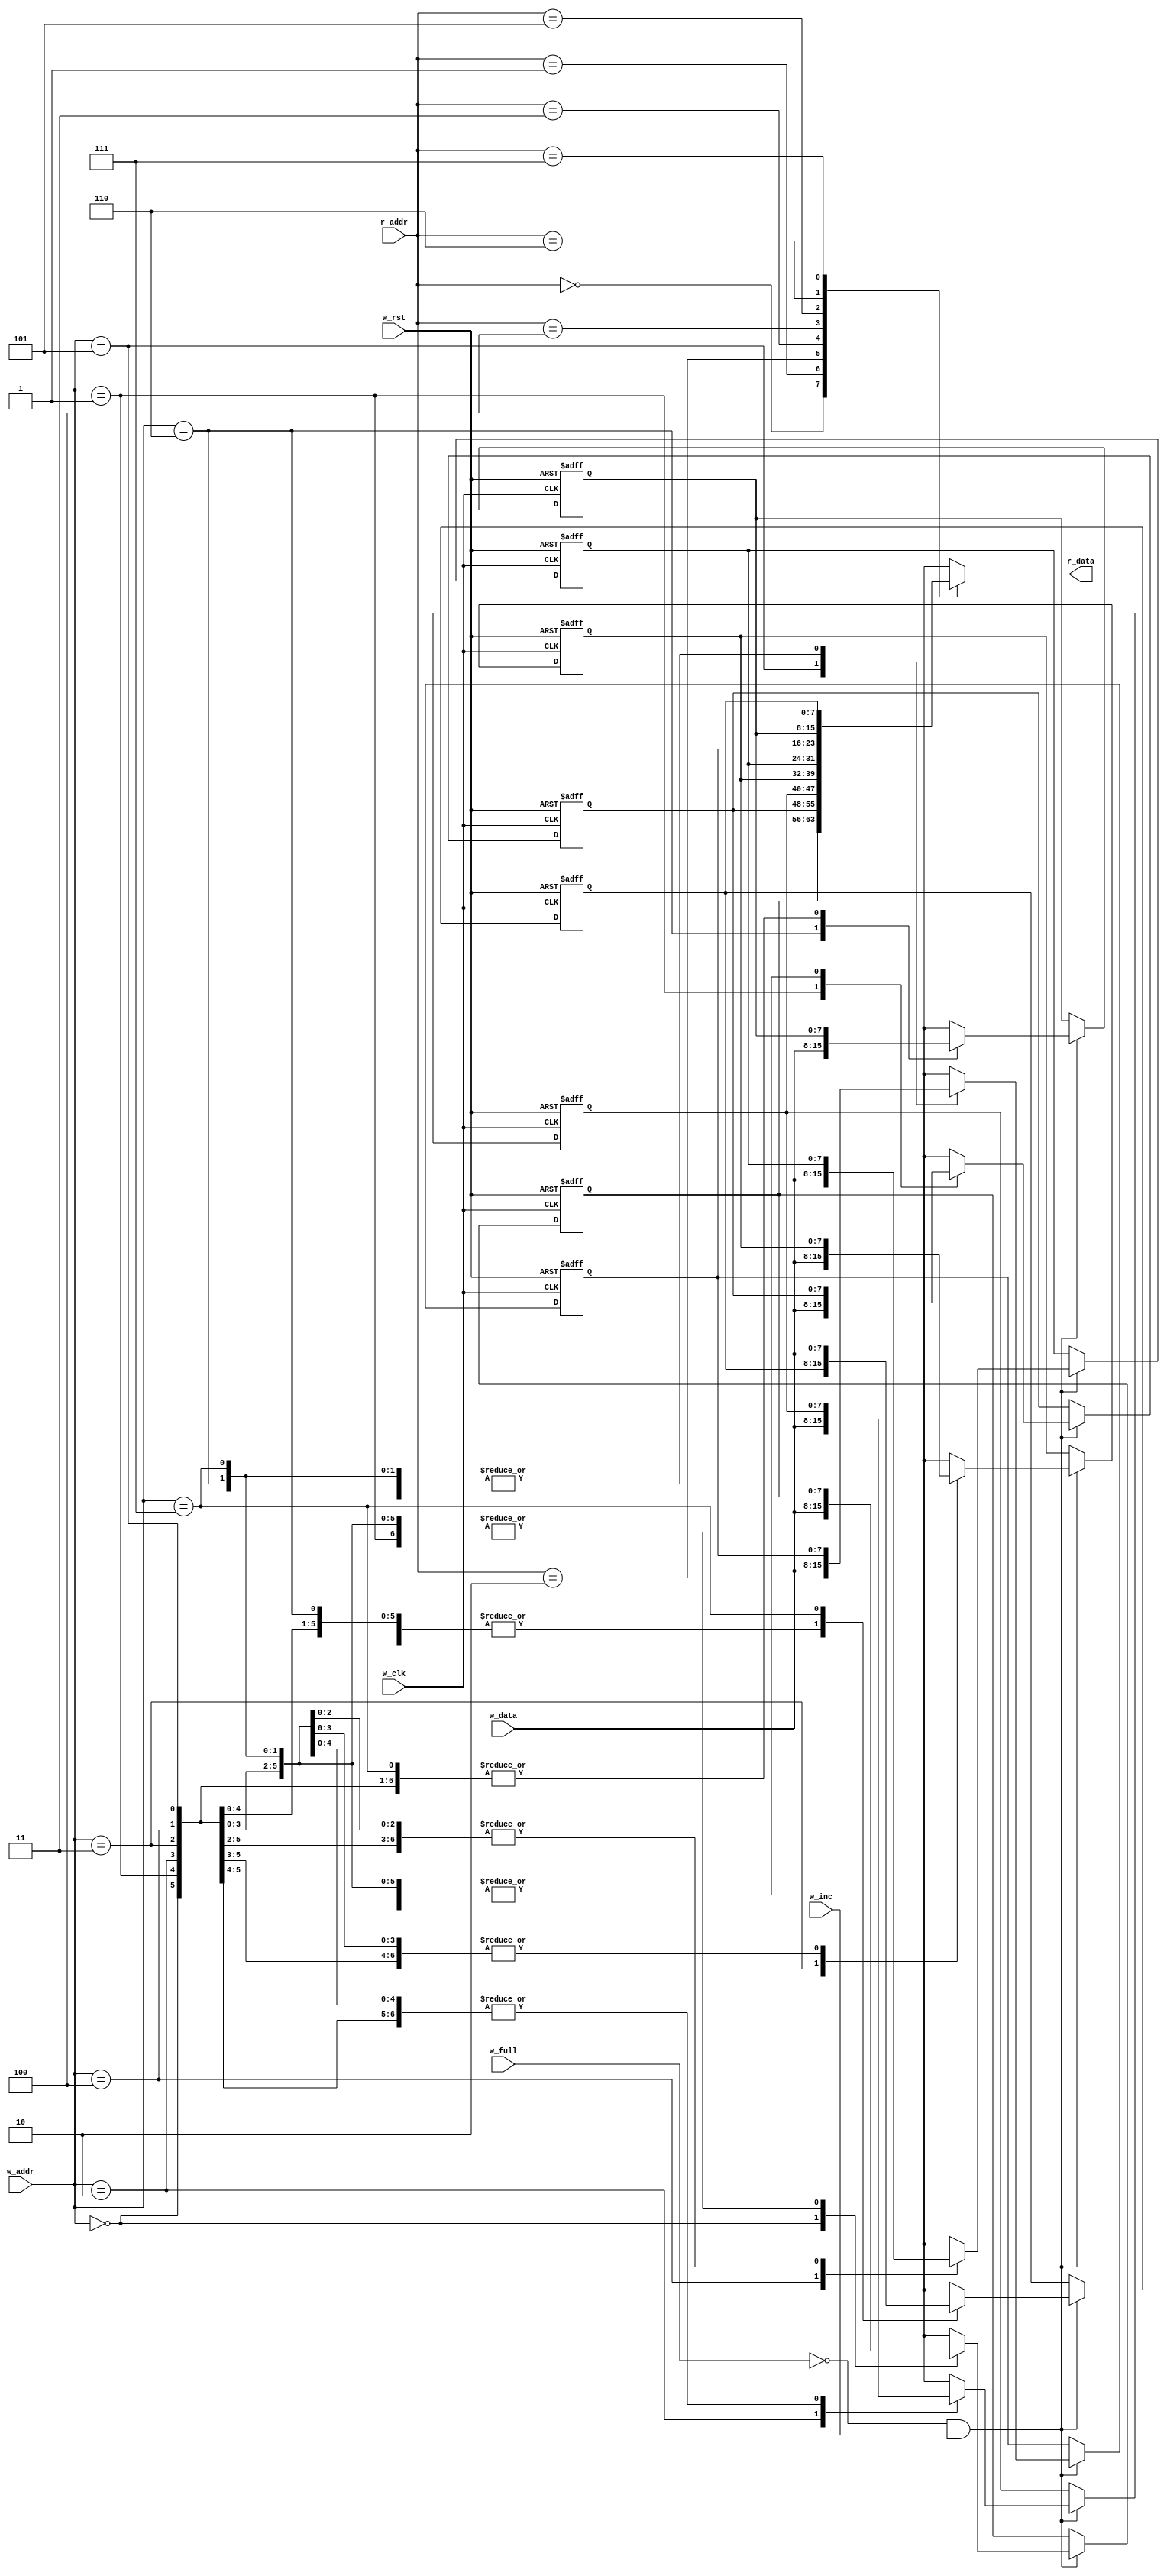
`timescale 1ns / 1ps

module FIFO_MEM #(parameter DATA_WIDTH = 8 , depth = 8) (
    input [DATA_WIDTH - 1:0] w_data,
    input [$clog2(depth) - 1:0] w_addr,
    input [$clog2(depth) - 1:0] r_addr,
    input w_full,
    input w_inc,
    input w_clk,
    input w_rst,
    output[DATA_WIDTH -1:0] r_data
    );
    
    wire w_en ;
    assign w_en = !w_full & w_inc ;
    
    reg [DATA_WIDTH - 1 : 0] mem [depth -1:0];
    
    reg [$clog2(depth):0] i;
    
    always @(posedge w_clk or negedge w_rst) begin
        if(!w_rst) begin
            for (i=0 ; i<depth ; i=i+1) begin
                mem[i] = {DATA_WIDTH{1'b0}};
            end
        end
        else if (w_en) begin
            mem[w_addr] = w_data;
        end
    end
    
    assign r_data = mem[r_addr];
endmodule